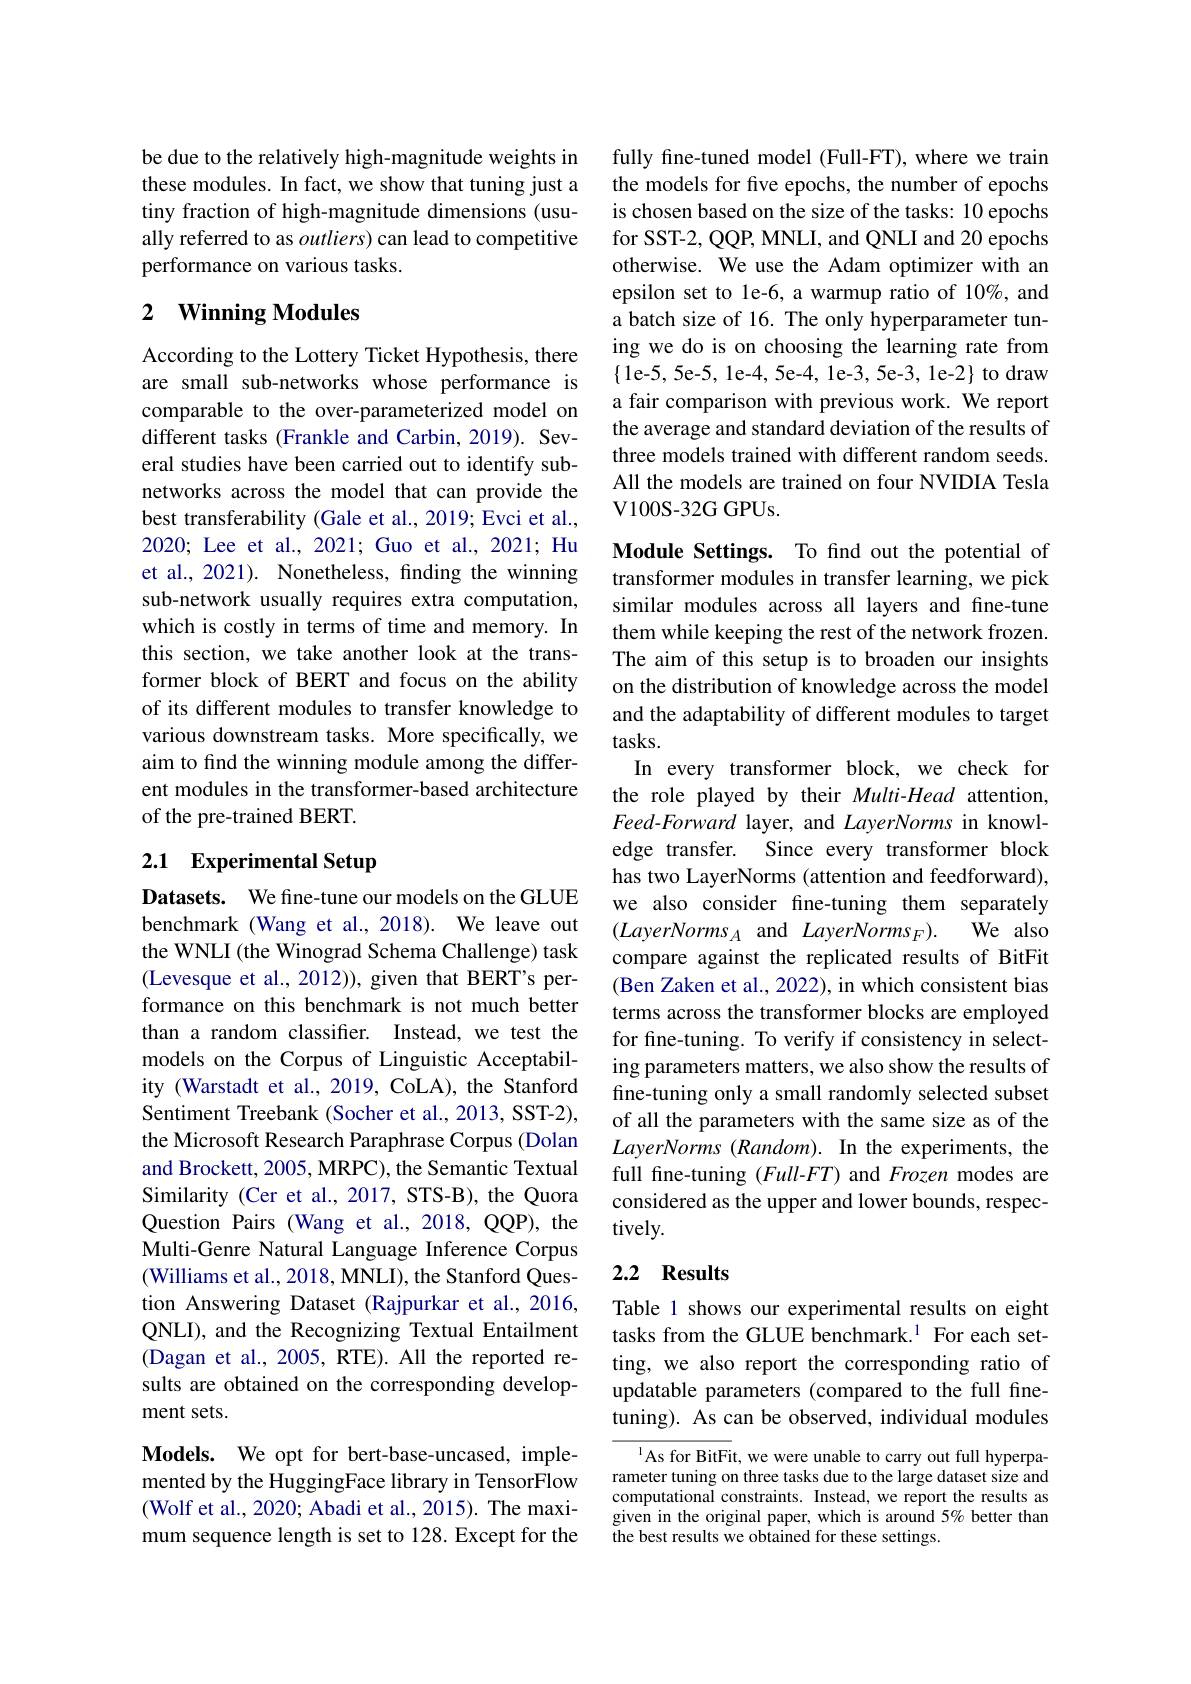
be due to the relatively high-magnitude weights in these modules. In fact, we show that tuning just a tiny fraction of high-magnitude dimensions (usually referred to as $outliers)$ can lead to competitive performance on various tasks.

## 2 Winning Modules

According to the Lottery Ticket Hypothesis, there are small sub-networks whose performance is comparable to the over-parameterized model on different tasks (Frankle and Carbin, 2019). Several studies have been carried out to identify subnetworks across the model that can provide the best transferability (Gale et al., 2019; Evci et al., 2020; Lee et al., 2021; Guo et al., 2021; Hu et al., 2021). Nonetheless, finding the winning sub-network usually requires extra computation, which is costly in terms of time and memory. In this section, we take another look at the transformer block of BERT and focus on the ability of its different modules to transfer knowledge to various downstream tasks. More specifically, we aim to find the winning module among the different modules in the transformer-based architecture of the pre-trained BERT.

# 2.1 Experimental Setup

Datasets. We fine-tune our models on the GLUE benchmark (Wang et al.,2018). We leave out the WNLI (the Winograd Schema Challenge) task (Levesque et al., 2012)), given that BERT's performance on this benchmark is not much better than a random classifier. Instead, we test the models on the Corpus of Linguistic Acceptability (Warstadt et al., 2019, CoLA), the Stanford Sentiment Treebank (Socher et al., 2013, SST-2), the Microsoft Research Paraphrase Corpus (Dolan and Brockett, 2005, MRPC), the Semantic Textual Similarity (Cer et al., 2017, STS-B), the Quora Question Pairs (Wang et al.,2018,QQP), the Multi-Genre Natural Language Inference Corpus (Williams et al., 2018, MNLI), the Stanford Question Answering Dataset (Rajpurkar et al., 2016, QNLI), and the Recognizing Textual Entailment (Dagan et al., 2005, RTE). All the reported results are obtained on the corresponding development sets.

Models. We opt for bert-base-uncased, implemented by the HuggingFace library in TensorFlow (Wolf et al., 2020; Abadi et al., 2015). The maximum sequence length is set to 128. Except for the

fully fine-tuned model (Full-FT), where we train the models for five epochs, the number of epochs is chosen based on the size of the tasks: 10 epochs for SST-2, QQP, MNLI, and QNLI and 20 epochs otherwise. We use the Adam optimizer with an epsilon set to le-6, a warmup ratio of 10%, and a batch size of 16. The only hyperparameter tuning we do is on choosing the learning rate from a fair comparison with previous work. We report the average and standard deviation of the results of three models trained with different random seeds. All the models are trained on four NVIDIA Tesla V100S- 32G GPUs.

Module Settings. To find out the potential of transformer modules in transfer learning, we pick similar modules across all layers and fine-tune them while keeping the rest of the network frozen. The aim of this setup is to broaden our insights on the distribution of knowledge across the model and the adaptability of different modules to target tasks.
In every transformer block, we check for the role played by their Multi-Head attention, Feed-Forward layer, and LayerNorms in knowledge transfer. Since every transformer block has two LayerNorms (attention and feedforward), we also consider fine-tuning them separately
We also
$(LayerNorms_A$ and LayerNorms$_F).$
compare against the replicated results of BitFit (Ben Zaken et al., 2022), in which consistent bias terms across the transformer blocks are employed for fine-tuning. To verify if consistency in selecting parameters matters, we also show the results of fine-tuning only a small randomly selected subset of all the parameters with the same size as of the $LayerNorms~(Random).~In~the~experiments,~the$ full fine-tuning (Full-$FT)$ and Frozen modes are considered as the upper and lower bounds, respectively.

## 2.2 Results

Table 1 shows our experimental results on eight tasks from the GLUE benchmark.$^{1}$ For each setting, we also report the corresponding ratio of updatable parameters (compared to the full finetuning). As can be observed, individual modules

$^{1}$As for BitFit, we were unable to carry out full hyperparameter tuning on three tasks due to the large dataset size and computational constraints. Instead, we report the results as given in the original paper, which is around 5% better than the best results we obtained for these settings.